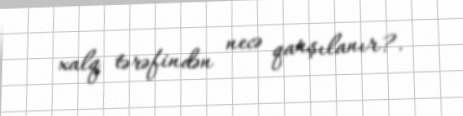
xalq tərəfindən necə qarşılanır?.